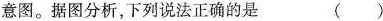
意图。据图分析，下列说法正确的是 ( )